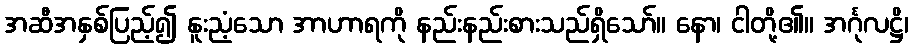
အဆီအနှစ်ပြည့်၍ နူးညံ့သော အာဟာရကို နည်းနည်းစားသည်ရှိသော်။ နော၊ ငါတို့၏။ အင်္ဂုလဋ္ဌိ၊